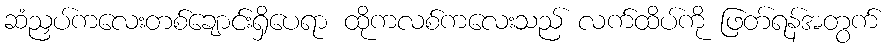
ဆံညှပ်ကလေးတစ်ချောင်းရှိပေရာ ထိုကလစ်ကလေးသည် လက်ထိပ်ကို ဖြတ်ရန်အတွက်